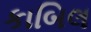
કાબિલ